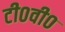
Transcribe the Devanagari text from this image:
टी०वी०